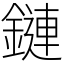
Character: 鏈